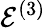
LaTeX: \mathcal{E}^{(3)}